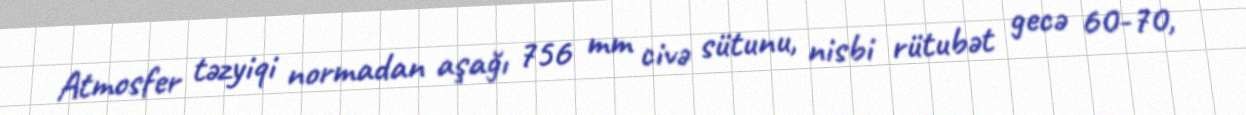
Atmosfer təzyiqi normadan aşağı 756 mm civə sütunu, nisbi rütubət gecə 60-70,